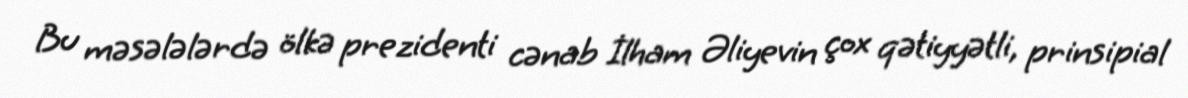
Bu məsələlərdə ölkə prezidenti cənab İlham Əliyevin çox qətiyyətli, prinsipial